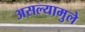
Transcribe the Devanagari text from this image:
असल्यामुले